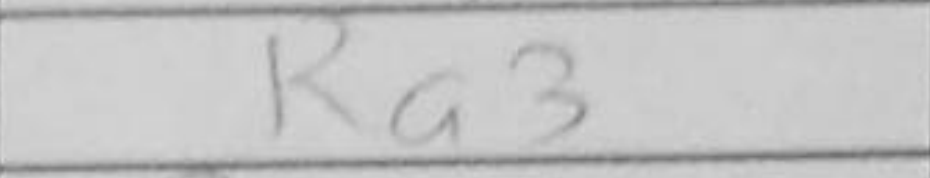
Transcription: Ra3